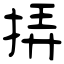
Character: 挵